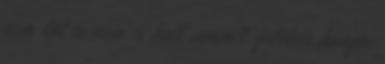
nem lát és nem is hall semmit, fülében hangos